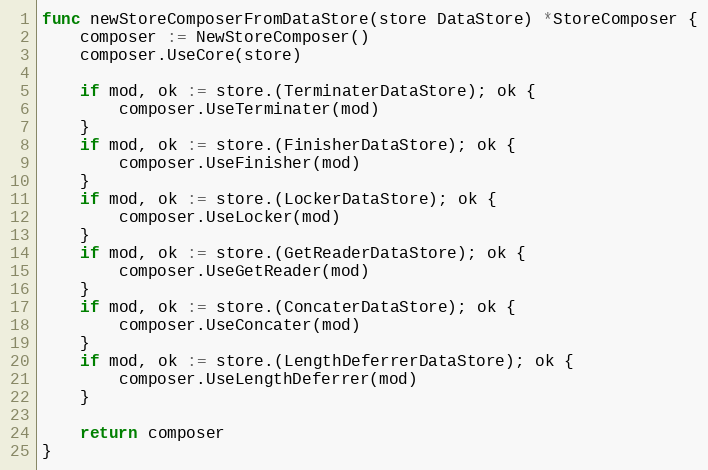
Language: Go
func newStoreComposerFromDataStore(store DataStore) *StoreComposer {
	composer := NewStoreComposer()
	composer.UseCore(store)

	if mod, ok := store.(TerminaterDataStore); ok {
		composer.UseTerminater(mod)
	}
	if mod, ok := store.(FinisherDataStore); ok {
		composer.UseFinisher(mod)
	}
	if mod, ok := store.(LockerDataStore); ok {
		composer.UseLocker(mod)
	}
	if mod, ok := store.(GetReaderDataStore); ok {
		composer.UseGetReader(mod)
	}
	if mod, ok := store.(ConcaterDataStore); ok {
		composer.UseConcater(mod)
	}
	if mod, ok := store.(LengthDeferrerDataStore); ok {
		composer.UseLengthDeferrer(mod)
	}

	return composer
}